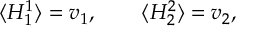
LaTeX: \langle H _ { 1 } ^ { 1 } \rangle = v _ { 1 } , \qquad \langle H _ { 2 } ^ { 2 } \rangle = v _ { 2 } ,